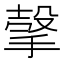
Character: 𰔕